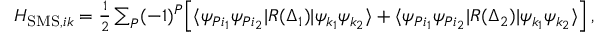
\begin{array} { r } { H _ { \mathrm { S M S } , i k } = \frac { 1 } { 2 } \sum _ { P } ( - 1 ) ^ { P } \Big [ \langle \psi _ { P i _ { 1 } } \psi _ { P i _ { 2 } } | R ( \Delta _ { 1 } ) | \psi _ { k _ { 1 } } \psi _ { k _ { 2 } } \rangle + \langle \psi _ { P i _ { 1 } } \psi _ { P i _ { 2 } } | R ( \Delta _ { 2 } ) | \psi _ { k _ { 1 } } \psi _ { k _ { 2 } } \rangle \Big ] \, , } \end{array}